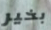
بخير